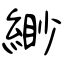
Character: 緲